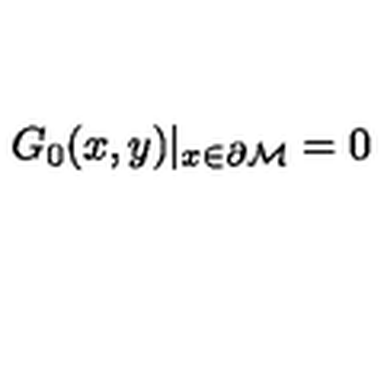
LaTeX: G _ { 0 } ( x , y ) | _ { x \in { \partial { \cal M } } } = 0